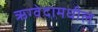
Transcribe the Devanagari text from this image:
ऋग्वेदामधील